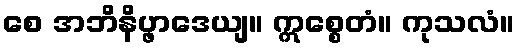
စေ အဘိနိပ္ဖာဒေယျ။ ဣစ္စေတံ။ ကုသလံ။